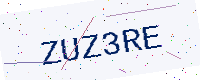
Text: ZUZ3RE